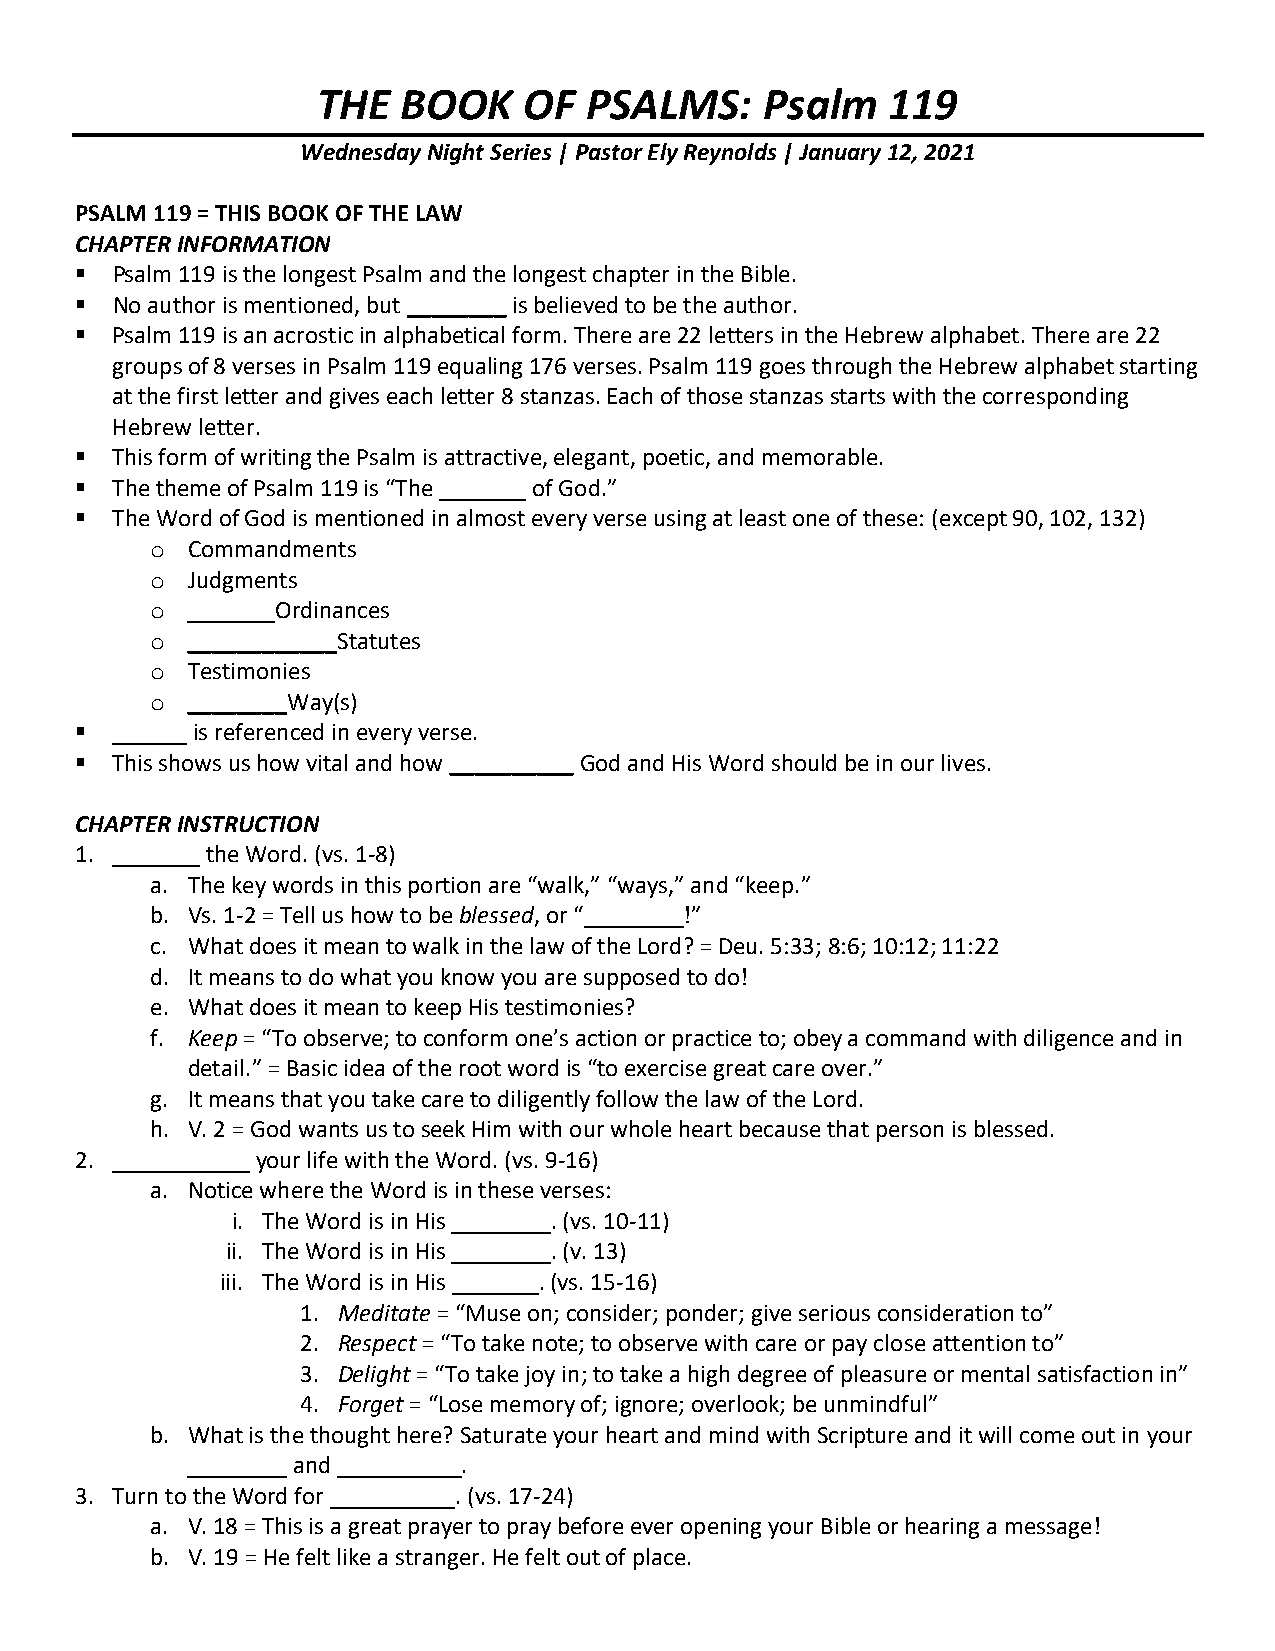
THE   BOOK    OF  PSALMS:     Psalm   119
 Wednesday Night Series | Pastor Ely Reynolds | January 12, 2021
 PSALM 119 = THIS BOOK OF THE LAW
 CHAPTER INFORMATION
  Psalm 119 is the longest Psalm and the longest chapter in the Bible.
  No author is mentioned, but ________ is believed to be the author.
  Psalm 119 is an acrostic in alphabetical form. There are 22 letters in the Hebrew alphabet. There are 22
 groups of 8 verses in Psalm 119 equaling 176 verses. Psalm 119 goes through the Hebrew alphabet starting
 at the first letter and gives each letter 8 stanzas. Each of those stanzas starts with the corresponding
 Hebrew letter.
  This form of writing the Psalm is attractive, elegant, poetic, and memorable.
  The theme of Psalm 119 is “The _______ of God.”
  The Word of God is mentioned in almost every verse using at least one of these: (except 90, 102, 132)
 o Commandments
 o Judgments
 o _______Ordinances
 o ____________Statutes
 o Testimonies
 o ________Way(s)
  ______ is referenced in every verse.
  This shows us how vital and how __________ God and His Word should be in our lives.
 CHAPTER INSTRUCTION
 1. _______ the Word. (vs. 1-8)
 a. The key words in this portion are “walk,” “ways,” and “keep.”
 b. Vs. 1-2 = Tell us how to be blessed, or “________!”
 c. What does it mean to walk in the law of the Lord? = Deu. 5:33; 8:6; 10:12; 11:22
 d. It means to do what you know you are supposed to do!
 e. What does it mean to keep His testimonies?
 f. Keep = “To observe; to conform one’s action or practice to; obey a command with diligence and in
 detail.” = Basic idea of the root word is “to exercise great care over.”
 g. It means that you take care to diligently follow the law of the Lord.
 h. V. 2 = God wants us to seek Him with our whole heart because that person is blessed.
 2. ___________ your life with the Word. (vs. 9-16)
 a. Notice where the Word is in these verses:
 i. The Word is in His ________. (vs. 10-11)
 ii. The Word is in His ________. (v. 13)
 iii. The Word is in His _______. (vs. 15-16)
 1. Meditate = “Muse on; consider; ponder; give serious consideration to”
 2. Respect = “To take note; to observe with care or pay close attention to”
 3. Delight = “To take joy in; to take a high degree of pleasure or mental satisfaction in”
 4. Forget = “Lose memory of; ignore; overlook; be unmindful”
 b. What is the thought here? Saturate your heart and mind with Scripture and it will come out in your
 ________ and __________.
 3. Turn to the Word for __________. (vs. 17-24)
 a. V. 18 = This is a great prayer to pray before ever opening your Bible or hearing a message!
 b. V. 19 = He felt like a stranger. He felt out of place.